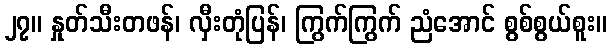
၂၇။ နှုတ်သီးတဖန်၊ လှီးတုံပြန်၊ ကြွက်ကြွက် ညံအောင် စွစ်စွယ်စူး။